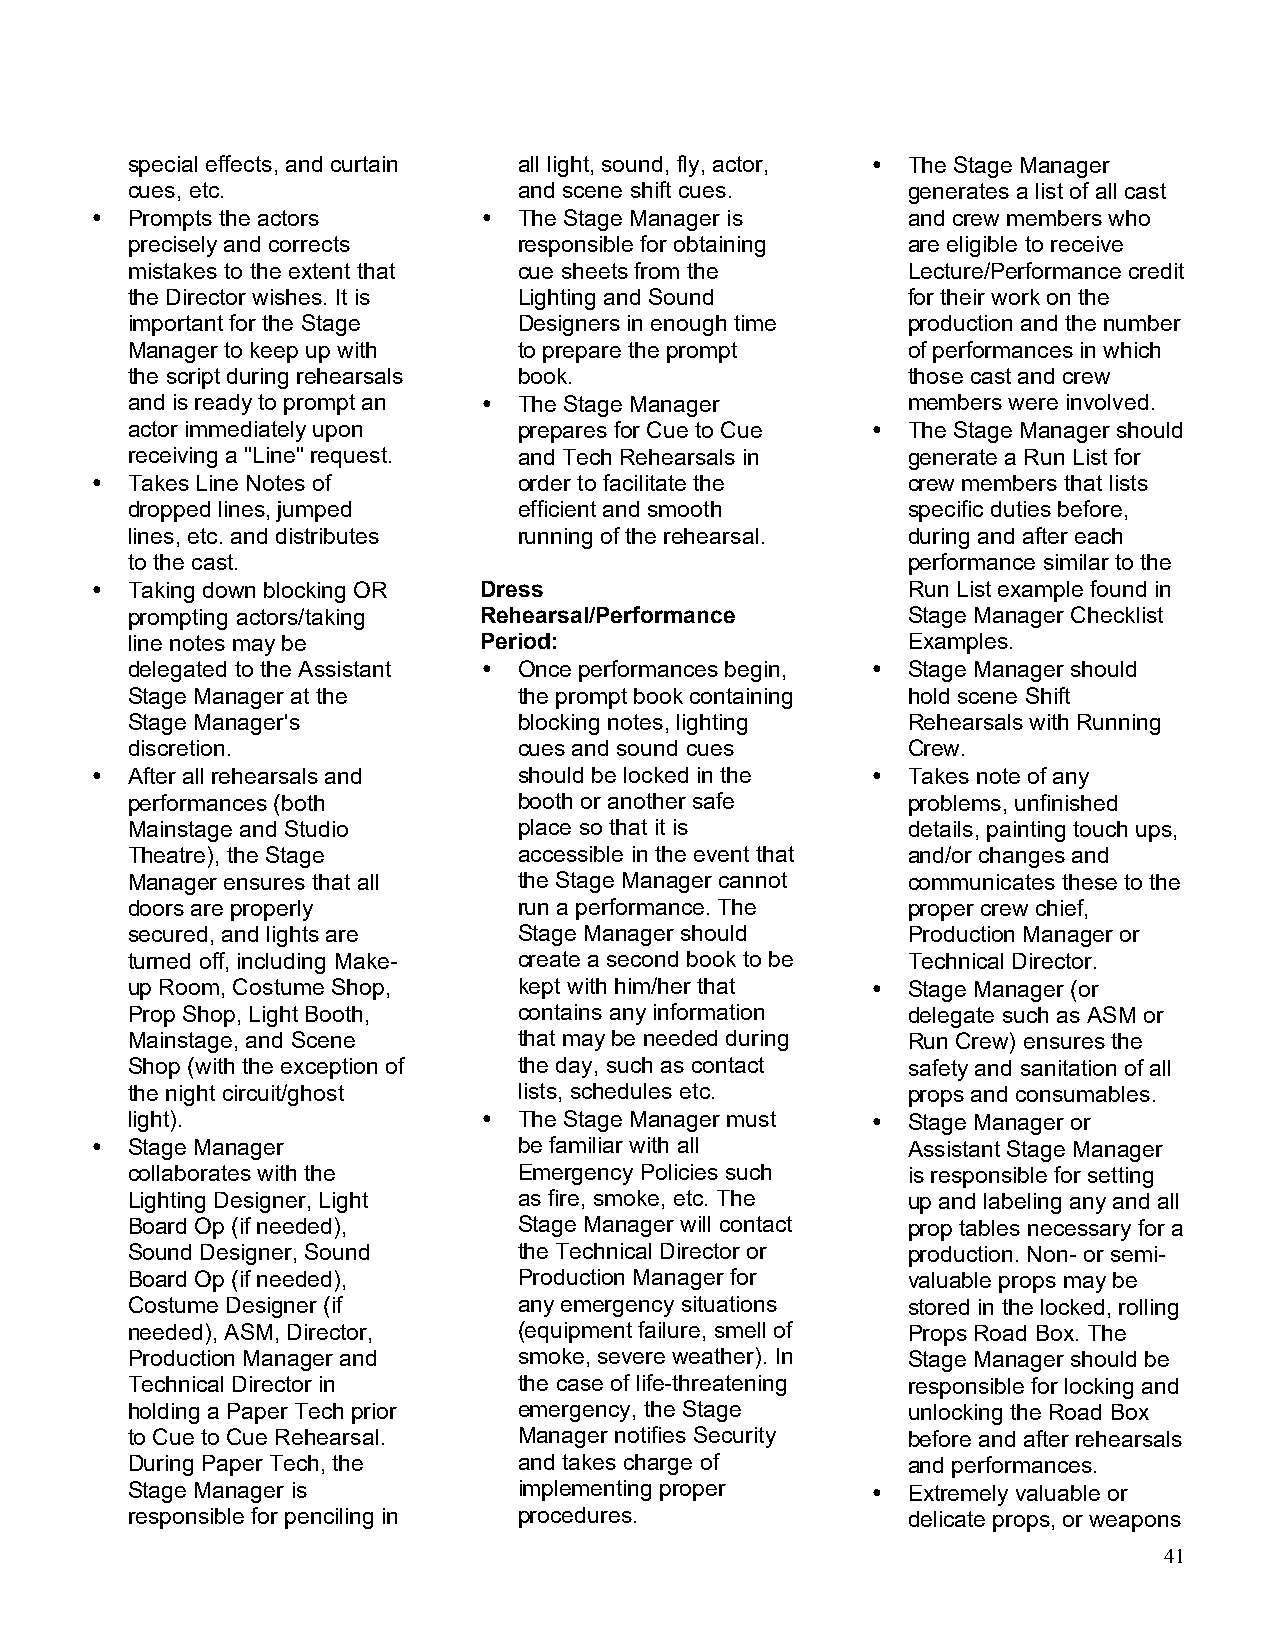
special effects, and curtain all light, sound, fly, actor, • The Stage Manager
 cues, etc.                and scene shift cues.     generates a list of all cast
 • Prompts the actors      • The Stage Manager is      and crew members who
 precisely and corrects    responsible for obtaining are eligible to receive
 mistakes to the extent that cue sheets from the     Lecture/Performance credit
 the Director wishes. It is Lighting and Sound       for their work on the
 important for the Stage   Designers in enough time  production and the number
 Manager to keep up with   to prepare the prompt     of performances in which
 the script during rehearsals book.                  those cast and crew
 and is ready to prompt an • The Stage Manager       members were involved.
 actor immediately upon    prepares for Cue to Cue • The Stage Manager should
 receiving a "Line" request. and Tech Rehearsals in  generate a Run List for
 • Takes Line Notes of       order to facilitate the   crew members that lists
 dropped lines, jumped     efficient and smooth      specific duties before,
 lines, etc. and distributes running of the rehearsal. during and after each
 to the cast.                                        performance similar to the
 • Taking down blocking OR Dress                       Run List example found in
 prompting actors/taking Rehearsal/Performance       Stage Manager Checklist
 line notes may be       Period:                     Examples.
 delegated to the Assistant • Once performances begin, • Stage Manager should
 Stage Manager at the      the prompt book containing hold scene Shift
 Stage Manager's           blocking notes, lighting  Rehearsals with Running
 discretion.               cues and sound cues       Crew.
 • After all rehearsals and  should be locked in the • Takes note of any
 performances (both        booth or another safe     problems, unfinished
 Mainstage and Studio      place so that it is       details, painting touch ups,
 Theatre), the Stage       accessible in the event that and/or changes and
 Manager ensures that all  the Stage Manager cannot  communicates these to the
 doors are properly        run a performance. The    proper crew chief,
 secured, and lights are   Stage Manager should      Production Manager or
 turned off, including Make- create a second book to be Technical Director.
 up Room, Costume Shop,    kept with him/her that  • Stage Manager (or
 Prop Shop, Light Booth,   contains any information  delegate such as ASM or
 Mainstage, and Scene      that may be needed during Run Crew) ensures the
 Shop (with the exception of the day, such as contact safety and sanitation of all
 the night circuit/ghost   lists, schedules etc.     props and consumables.
 light).                 • The Stage Manager must  • Stage Manager or
 • Stage Manager             be familiar with all      Assistant Stage Manager
 collaborates with the     Emergency Policies such   is responsible for setting
 Lighting Designer, Light  as fire, smoke, etc. The  up and labeling any and all
 Board Op (if needed),     Stage Manager will contact prop tables necessary for a
 Sound Designer, Sound     the Technical Director or production. Non- or semi-
 Board Op (if needed),     Production Manager for    valuable props may be
 Costume Designer (if      any emergency situations  stored in the locked, rolling
 needed), ASM, Director,   (equipment failure, smell of Props Road Box. The
 Production Manager and    smoke, severe weather). In Stage Manager should be
 Technical Director in     the case of life-threatening responsible for locking and
 holding a Paper Tech prior emergency, the Stage     unlocking the Road Box
 to Cue to Cue Rehearsal.  Manager notifies Security before and after rehearsals
 During Paper Tech, the    and takes charge of       and performances.
 Stage Manager is          implementing proper     • Extremely valuable or
 responsible for penciling in procedures.            delicate props, or weapons
 41